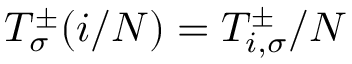
{ \cal T } _ { \sigma } ^ { \pm } ( i / N ) = T _ { i , \sigma } ^ { \pm } / N